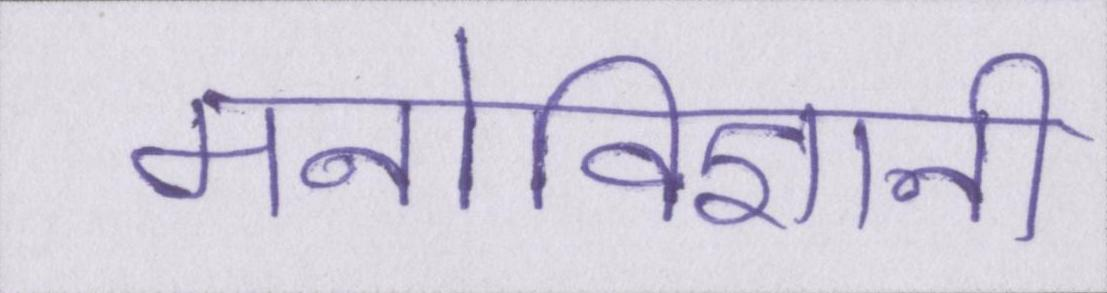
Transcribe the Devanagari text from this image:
मनोविज्ञानी